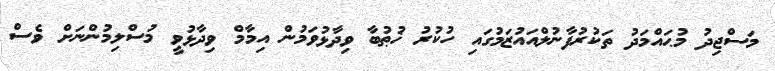
މަސްޖިދު މުޙައްމަދު ތަކުރުފާނުލްއައުޒަމުގައި ހުކުރު ޚުޠުބާ ވިދާޅުވަމުން އިމާމް ވިދާޅުވީ މުސްލިމުންނަށް ވެސް